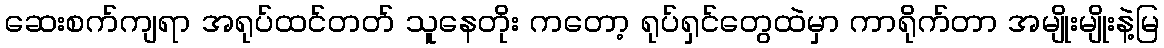
ဆေးစက်ကျရာ အရုပ်ထင်တတ် သူနေတိုး ကတော့ ရုပ်ရှင်တွေထဲမှာ ကာရိုက်တာ အမျိုးမျိုးနဲ့မြ